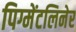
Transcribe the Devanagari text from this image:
पिग्मेंटलिनेर